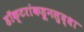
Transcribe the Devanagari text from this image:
डॉक्टरांकडूनसुद्धा